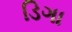
ડિગા